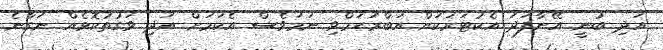
އަދި ބުނީ އޭނާފަދަ އެކުޓަރަކަށް އަބްރަހަމްވި ނަމަވެސް އެކަމަށް އަދި ވަގުތުކޮޅެއް ނަގާނެ